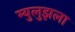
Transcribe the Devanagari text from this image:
म्युलुझला